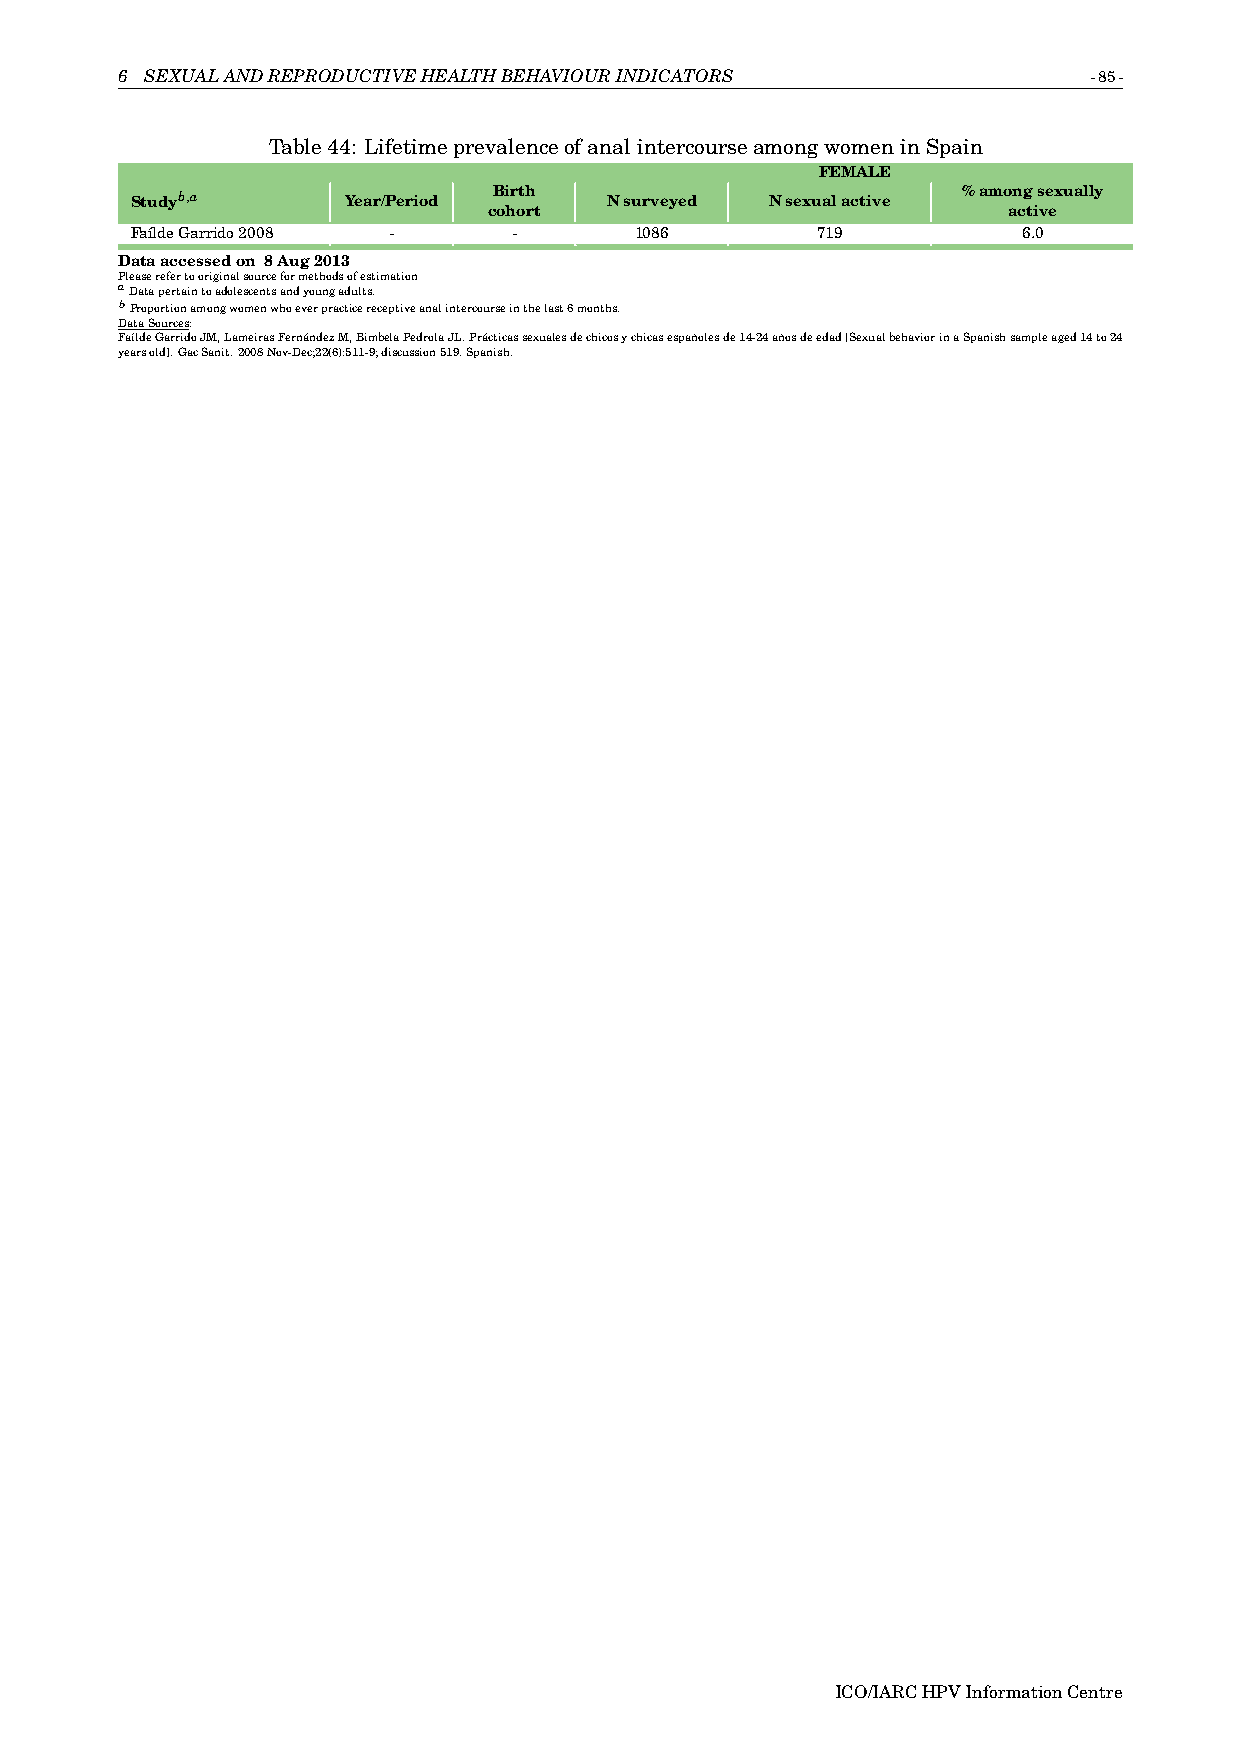
6 SEXUALANDREPRODUCTIVEHEALTHBEHAVIOURINDICATORS                -85-
 Table44: LifetimeprevalenceofanalintercourseamongwomeninSpain
 FEMALE
 Birth                          %amongsexually
 Studyb,a      Year/Period      Nsurveyed  Nsexualactive
 cohort                             active
 FaíldeGarrido2008 -      -       1086        719           6.0
 Dataaccessedon 8Aug2013
 Pleaserefertooriginalsourceformethodsofestimation
 aDatapertaintoadolescentsandyoungadults.
 bProportionamongwomenwhoeverpracticereceptiveanalintercourseinthelast6months.
 DataSources:
 FaíldeGarridoJM,LameirasFernándezM,BimbelaPedrolaJL.Prácticassexualesdechicosychicasespañolesde14-24añosdeedad[SexualbehaviorinaSpanishsampleaged14to24
 yearsold].GacSanit.2008Nov-Dec;22(6):511-9;discussion519.Spanish.
 ICO/IARCHPVInformationCentre